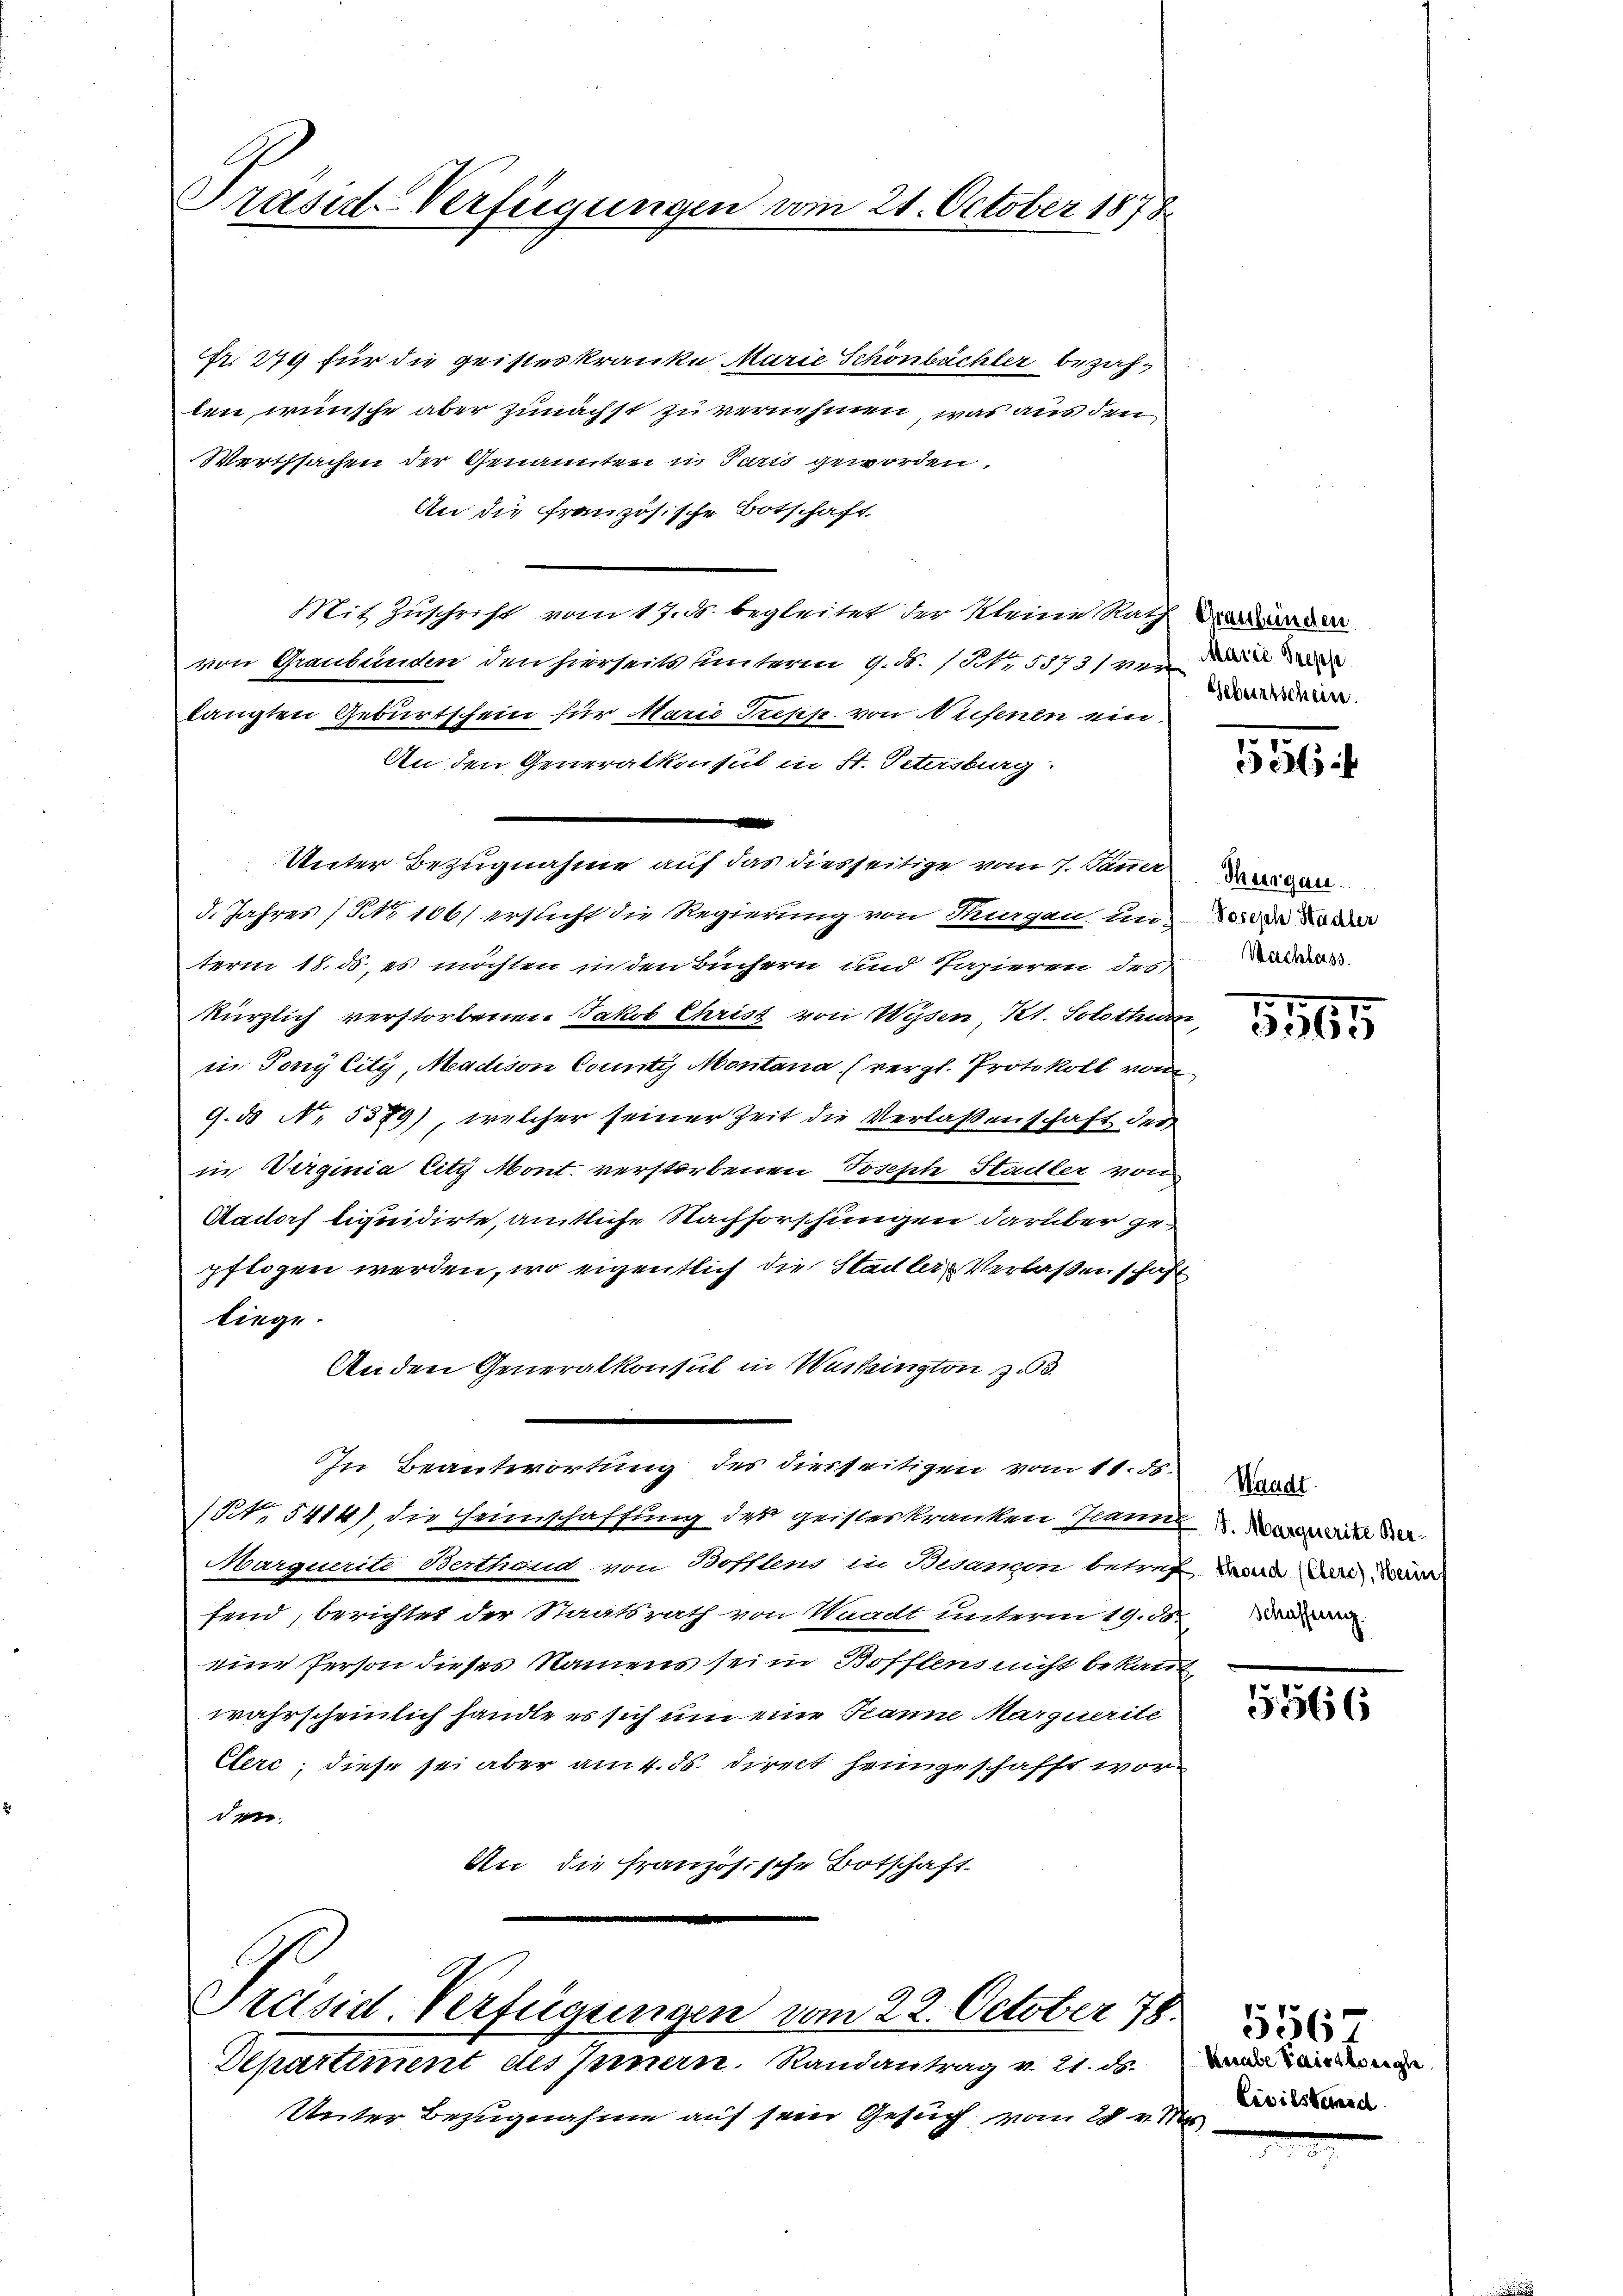
Präsid-Verfügungen vom 21. October 1878

Fr. 279 für die geisteskranke Marie Schönbächler bezahlen wünsche aber zunächst zu vernehmen, was aus den
Werthsachen der Genannten u Parts geworden.
An die französische Botschaft,
Mit Zuschrift vom 17. ds. begleitet der Kleine Rath
von Graubünden den hierseits unterm 9. N. N. 5573/ von
langten Geburtschein für Marie Trepp. von Wesenen ein-
An den Generalkonsul in St. Petersburg
Unter Bezugnahme auf das diesseitige vom 7. Jänner
5. Jahres / No 1061 ersucht die Regierung von Stragen und da d
term 18. ds., es möchten in den Büchern und Papieren des War
kürzlich verstorbenen Jakob Christ von Wysen, Kt. Solothurn,
in Tony lity, Madison County Montana (vergl. Protokoll vom
G.d No. 5379), welcher seiner Zeit die Verlaßenschaft der
in Verginia litz Mont. verstorbenen Joseph Stadler von
Aadorf liquidirte, amtliche Nachforschungen darüber gepflogen werden, wo eigentlich die Stadler Verlassenschaft
liege.
Anden Generalkonsul in Washington z
In Beantwortung des diesseitigen vom 11. ds.
(NNo. 5414), die Heimschaffung des geisteskranken Jeanne di
Marquerite Berthand, von Stofflens in Besamon betreff und das war
fend, berichtet der Staatsrath von Waadt unterm 19. ds. D
eine Person dieses Namens sei in Bofflens nicht bekannt,
wahrscheinlich handle es sich um eine Tanne Marquerite
Clerc; diese sei aber am 4. ds. direct heimgeschafft worde
An die französische Botschaft

Departiment des Innern. Randantrag v. 21. ds.
Unter Bezugnahme auf sein Gesuch vom 28.

Präsid-Verfügungen vom 22. October 75

Geburtschein.

26

Thurgau.

365

Waadt.

30

knabe kaistlosigke
Civilsensc
2

1 556